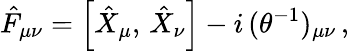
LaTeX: \hat{F}_{\mu\nu}=\left[\hat{X}_{\mu},\, \hat{X}_{\nu}\right]-i\, (\theta^{-1})_{\mu\nu}\, ,